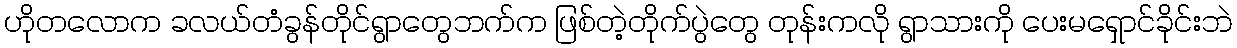
ဟိုတလောက ခလယ်တံခွန်တိုင်ရွာတွေဘက်က ဖြစ်တဲ့တိုက်ပွဲတွေ တုန်းကလို ရွာသားကို ပေးမရှောင်ခိုင်းဘဲ